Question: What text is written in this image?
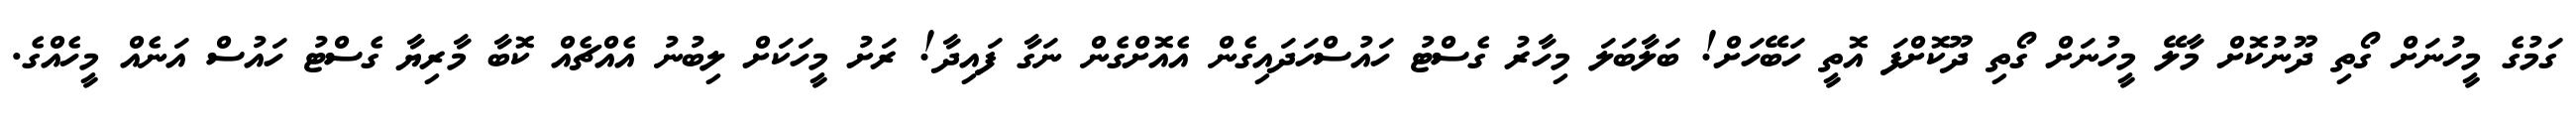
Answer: ގަމުގެ މީހުނަށް ގޯތި ދޫނުކޮށް މާލޭ މީހުނަށް ގޯތި ދޫކޮށްފަ އޮތީ ހަބޭހަށް! ބަލާބަލަ މިހާރު ގެސްޓު ހައުސްހަދައިގެން އެއޮށްގެން ނަގާ ފައިދާ! ރަށު މީހަކަށް ލިބުނު އެއްޗެއް ކޮބާ މާރިޔާ ގެސްޓު ހައުސް އަނެއް މީހެއްގެ.